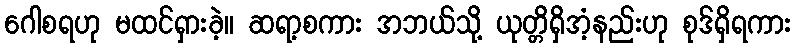
ဂေါစရဟု မထင်ရှားခဲ့။ ဆရာ့စကား အဘယ်သို့ ယုတ္တိရှိအံ့နည်းဟု စုဒ်ရှိရကား